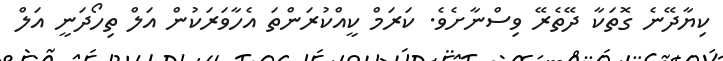
ކިޔާދޭނެ ގޮތަކާ ދޭތެރޭ ވިސްނާށެވެ. ކަރަމް ކީއްކުރަންތަ އެހާވަރަކުން އަލް ތިހޯދަނީ އަލް